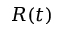
R ( t )